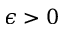
\epsilon > 0